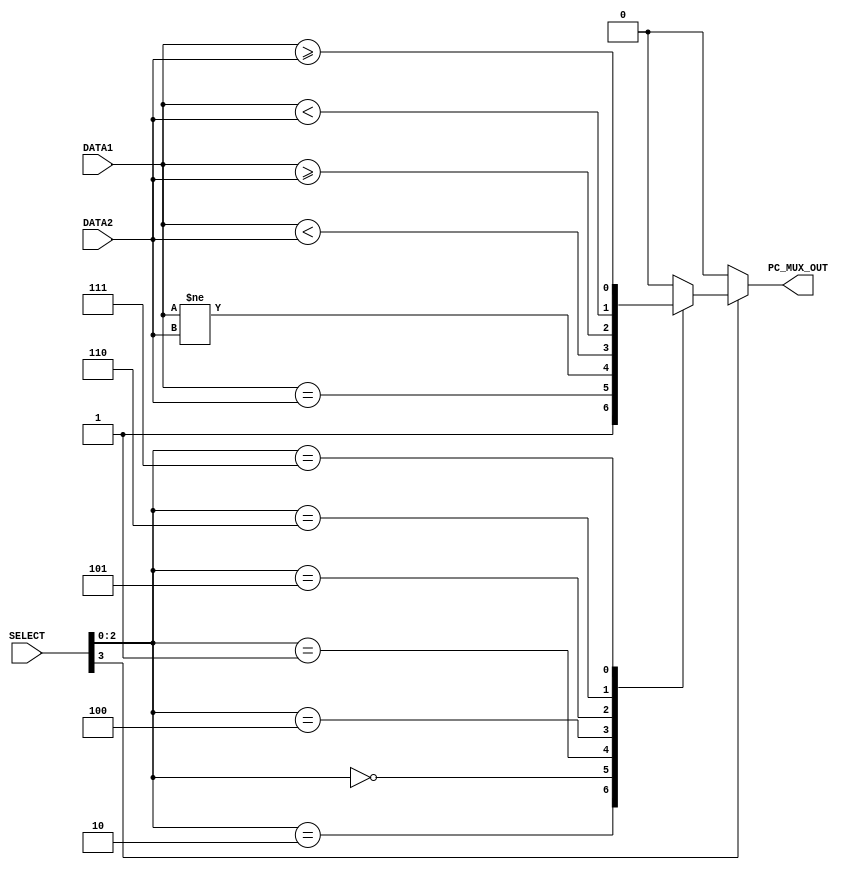
/////////////////////////////////////////////
// Advanced Computer Architecture (CO502)  //
// Design : Branch control unit            // 
// Group  : 2                              //
/////////////////////////////////////////////

`timescale 1ns/100ps

module branch_control_unit (
    input [31:0] DATA1, DATA2,       // Input data ports
    input [3:0] SELECT,             // Input selection control
    output reg PC_MUX_OUT           // Output result
);

    // Define Wires for intermediate calculations
    wire BEQ, BNE, BLT, BGE, BLTU, BGEU;

    // Calculations for comparisons
    assign BEQ = DATA1 == DATA2;     // Check if DATA1 is equal to DATA2
    assign BNE = DATA1 != DATA2;     // Check if DATA1 is not equal to DATA2
    assign BLT = $signed(DATA1) < $signed(DATA2);  // Check if DATA1 is less than DATA2 (signed comparison)
    assign BGE = $signed(DATA1) >= $signed(DATA2); // Check if DATA1 is greater than or equal to DATA2 (signed comparison)
    assign BLTU = $unsigned(DATA1) < $unsigned(DATA2);  // Check if DATA1 is less than DATA2 (unsigned comparison)
    assign BGEU = $unsigned(DATA1) >= $unsigned(DATA2); // Check if DATA1 is greater than or equal to DATA2 (unsigned comparison)

    always @(*)
    begin
        if (SELECT[3]) // Check if the most significant bit of SELECT is set (for branch/jump instruction)
        begin
            case (SELECT[2:0])
                3'b010: PC_MUX_OUT <= #1 1'b1;   // Set PC_MUX_OUT to 1 for JAL and JALR
                3'b000: PC_MUX_OUT <= #1 BEQ;     // Set PC_MUX_OUT based on BEQ result for BEQ
                3'b001: PC_MUX_OUT <= #1 BNE;     // Set PC_MUX_OUT based on BNE result for BNE
                3'b100: PC_MUX_OUT <= #1 BLT;     // Set PC_MUX_OUT based on BLT result for BLT
                3'b101: PC_MUX_OUT <= #1 BGE;     // Set PC_MUX_OUT based on BGE result for BGE
                3'b110: PC_MUX_OUT <= #1 BLTU;    // Set PC_MUX_OUT based on BLTU result for BLTU
                3'b111: PC_MUX_OUT <= #1 BGEU;    // Set PC_MUX_OUT based on BGEU result for BGEU
                default: PC_MUX_OUT <= #1 1'b0;   // Default case, set PC_MUX_OUT to 0
            endcase
        end
        else
        begin
            PC_MUX_OUT <= #1 1'b0; // If SELECT[3] is not set, set PC_MUX_OUT to 0 (no branch/jump)
        end
    end
endmodule